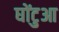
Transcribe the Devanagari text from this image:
घोंटुआ